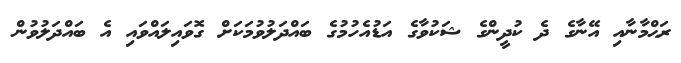
ރަޙްމާނާއި އޭނާގެ ދެ ކުދީންގެ ޝަކުވާގެ އަޑުއެހުމުގެ ބައްދަލުވުމަކަށް ގޮވައިލައްވައި އެ ބައްދަލުވުން